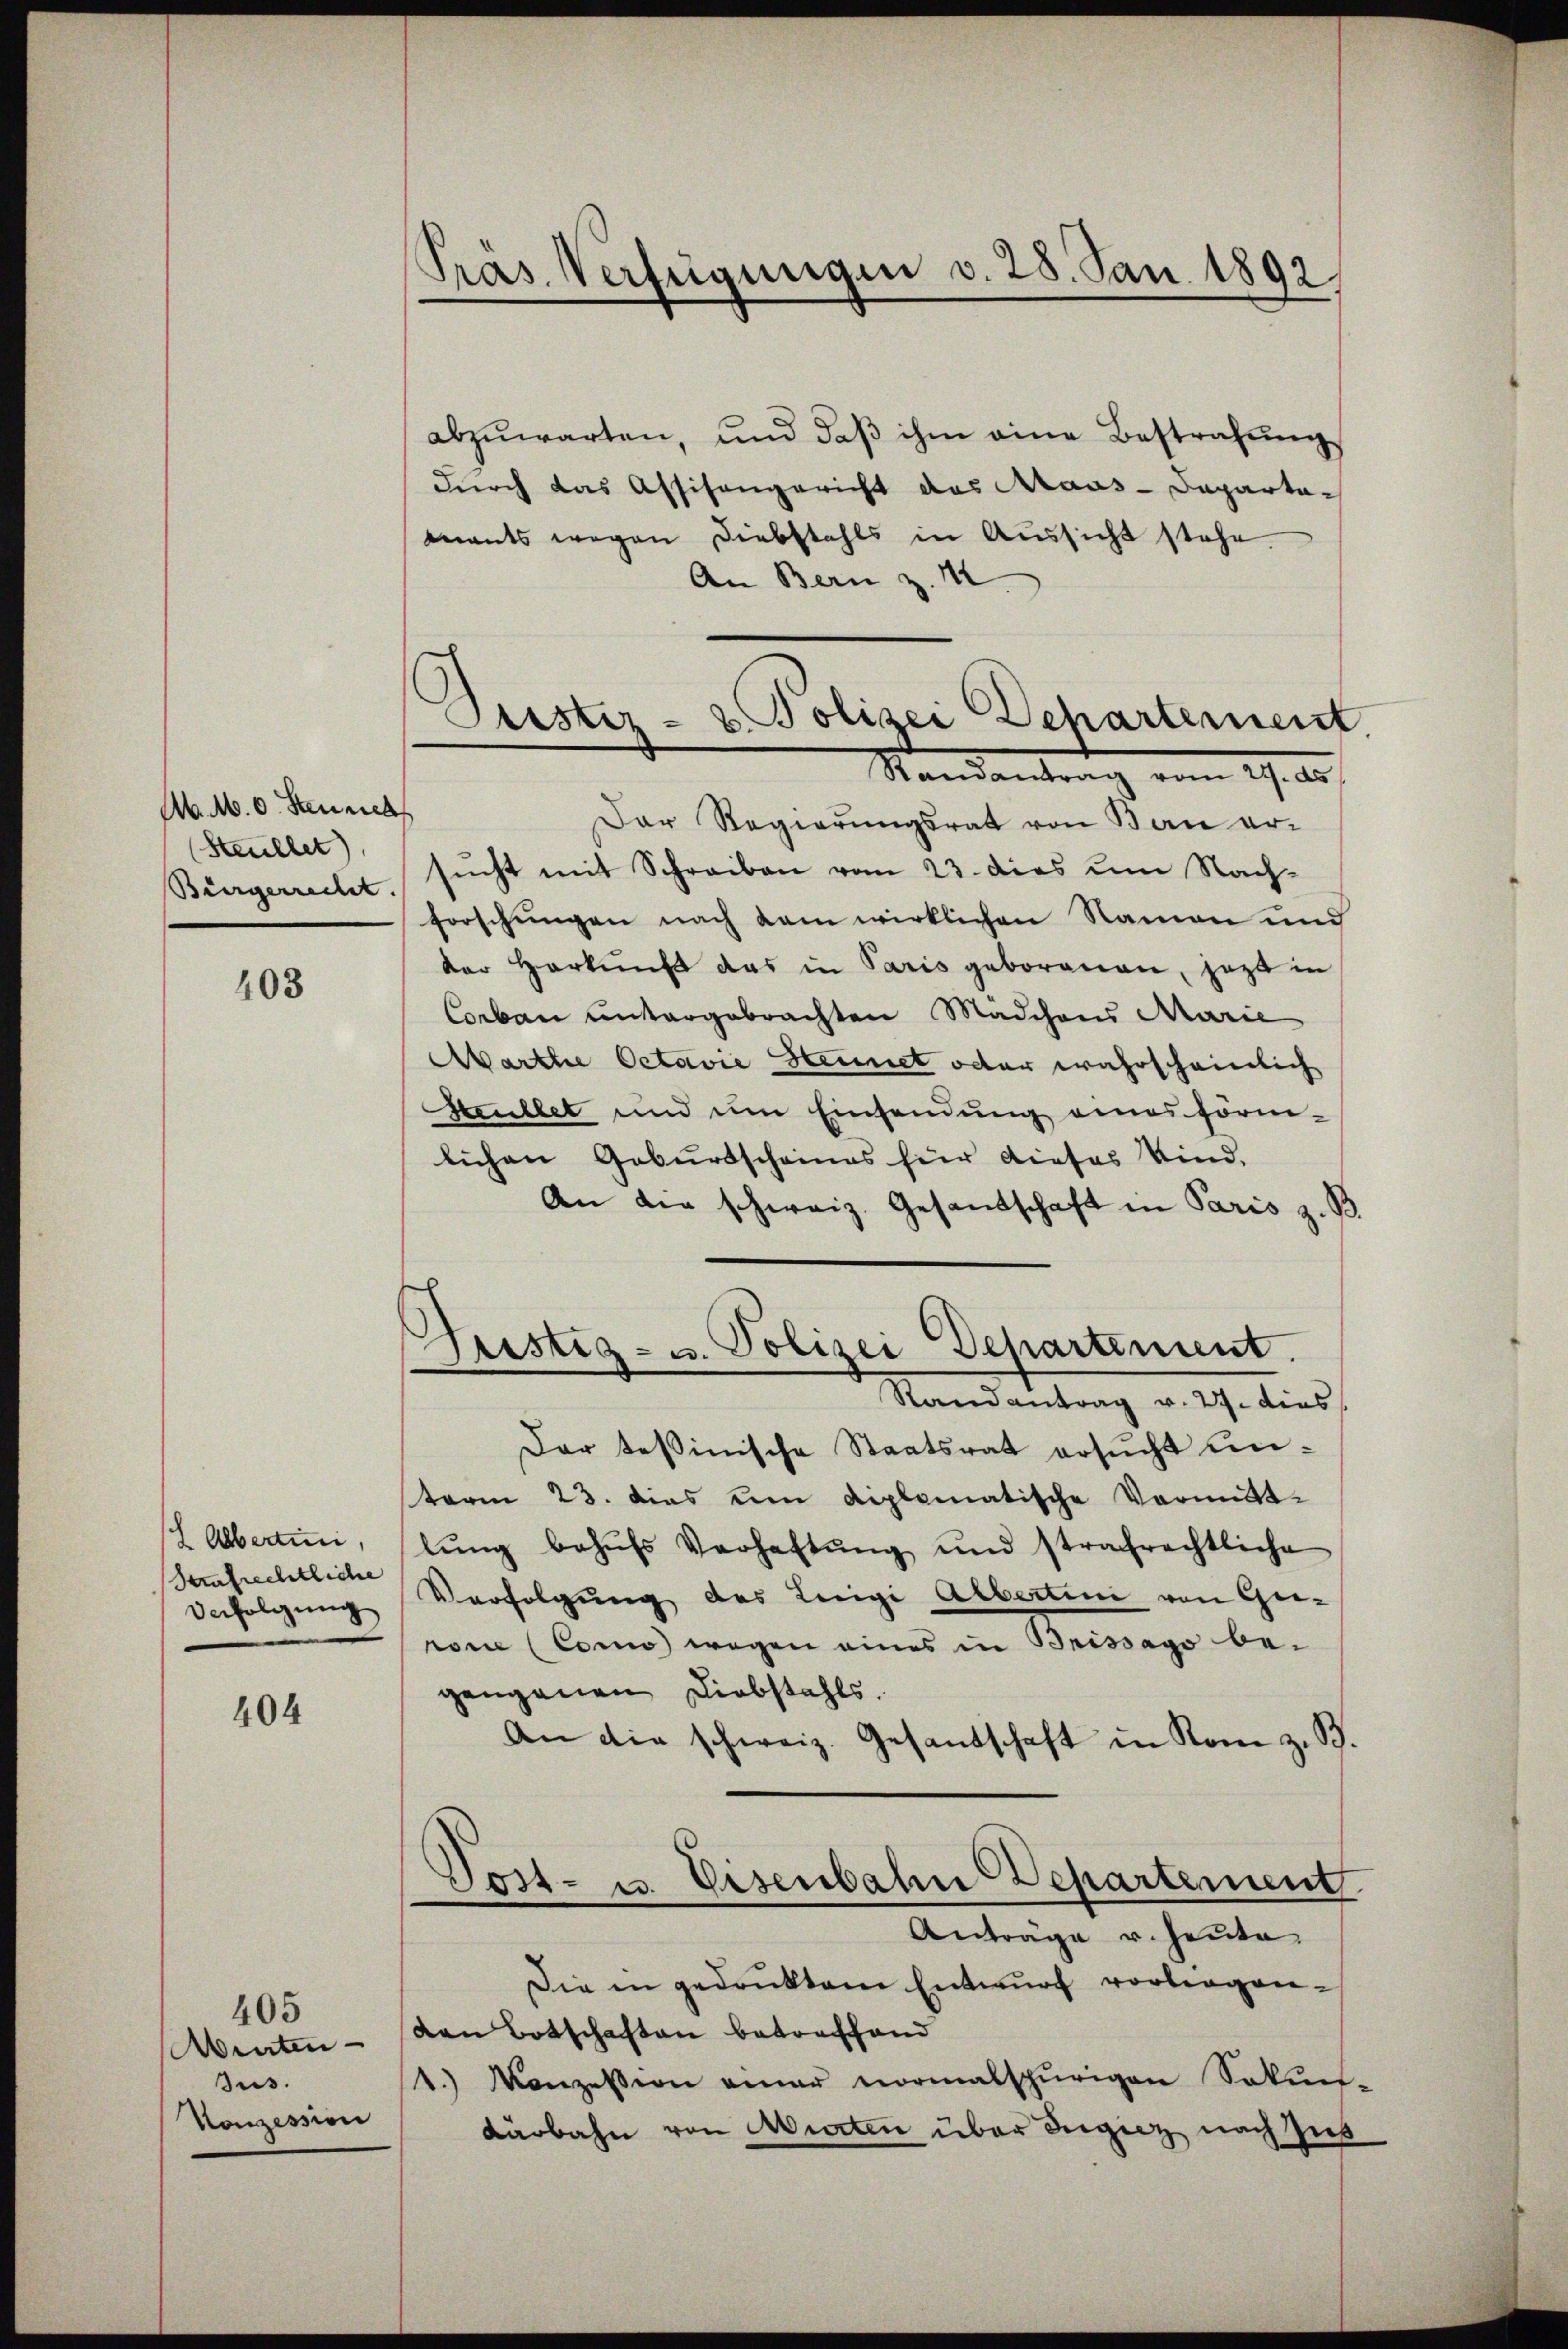
Ab. M. v. Sennels
(Stellet

403

Albertini,
Sufrechtliche
Verfolgung

404

Winten
Jus.
Konzession

405

Pras Verfügungen v. 28. Jan. 1892

Geister- & Polizei Departement
Standentrag vom 17. 20.

abzŭwarten, und daβ ihm eine Bestrafŭng
durch das Assisangericht das Araus-Dapartamnants wegen Diebstahls in Aŭssicht stehe.
An Bern z. 1
Der Regierungsrat von Bau er-
Bürgerrecht sucht mit Schreiben vom 23. das um Nach-
forschungen nach kam wirklichen Namen und
der Herkŭnft das in Paris geborenen, jetzt in
Corbau untergebrachten Mädchens Marie
Marthe Octavie Steinet oder wahrscheinlich
Strullet und im Einsendung eines förm-
lichen Geburtscheines für dieses Kind.
An die schweiz. Gesandschaft in Paris z. B.
Geistig- u. Polizei Departement.
Randantrag v. 27. dies
Der Teßinische Staatsrat ersucht einterm 23. dies um diplomatische Vormittlŭng behŭfs Verhaltŭng und strafrechtliche
Verfolgung des Leigi Alberten von Ge-
rone (Como wegen eines in Brissago begangenen Diebstahls.
An die schweiz. Gesandschaft in Rom z. B.
Vost- u. Eisenbahn Departement.
Anträge u. heute
Die in gedruktem Entwurf vorlegen-
von Botschaften betreffend
1.) Konzession einer normalspurigen Sokun-
Kärbahn von Murten über Ingiez nach Zus